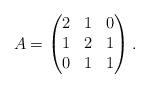
LaTeX: \begin{align*}A = \begin{pmatrix}2 & 1 & 0\\1 & 2 &1\\0 & 1 & 1\end{pmatrix}.\end{align*}